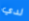
لدي